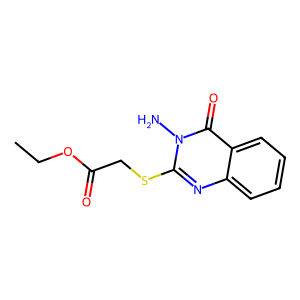
SMILES: CCOC(=O)CSc1nc2ccccc2c(=O)n1N
Inhibits HIV replication: No